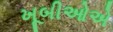
ખૂબીઓએ